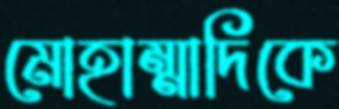
মোহাম্মাদিকে